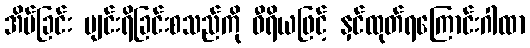
အိပ်ခြင်း ပျင်းရိခြင်းစသည်ကို ဝီရိယဖြင့် နှင်ထုတ်ရကြောင်းဂါထာ